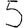
Digit: 5